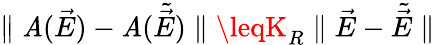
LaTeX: \parallel{\cal\mathit{A}}(\vec{{E}})-{\cal\mathit{A}}(\tilde{{\vec{{E}}}})\parallel\leqK_{R}\parallel\vec{{E}}-\tilde{{\vec{{E}}}}\parallel